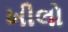
ખીલો